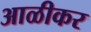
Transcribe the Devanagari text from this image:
आळीकर